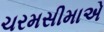
ચરમસીમાએ